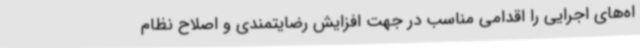
اه‌های اجرایی را اقدامی مناسب در جهت افزایش رضایتمندی و اصلاح نظام